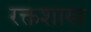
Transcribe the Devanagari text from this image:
रक्तशास्त्र